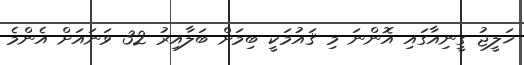
ޚަލީޖު ގީނިއާގައި އޮންނަ މި ޤައުމަކީ ބިމަށް ބަލާއިރު 32 ވަނައަށް އެންމެ